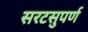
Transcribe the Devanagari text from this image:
सरटसुपर्ण